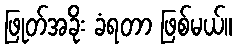
ဖြုတ်အခိုး ခံရတာ ဖြစ်မယ်။